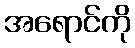
အရောင်ကို